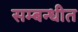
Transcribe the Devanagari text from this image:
सम्बन्धीत